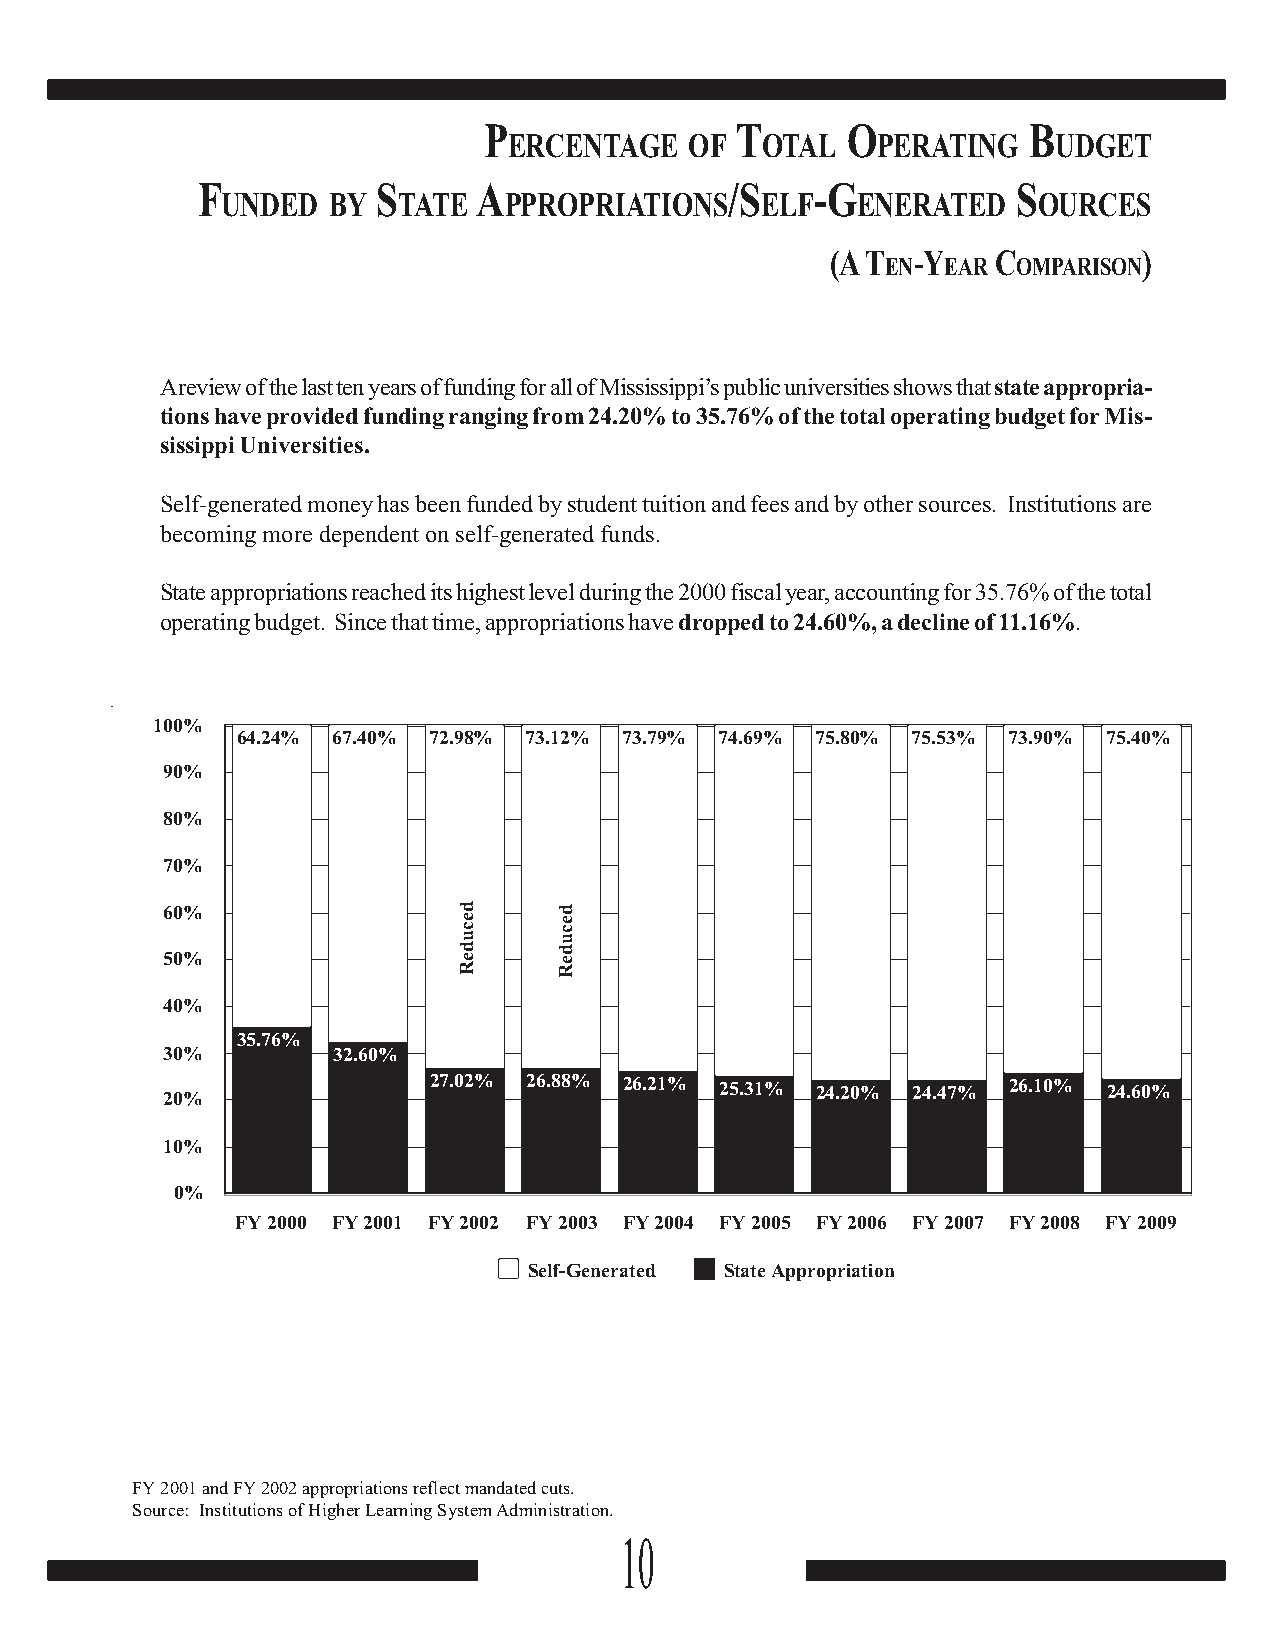
P                T      O           B
 ERCENTAGE   OF  OTAL    PERATING    UDGET
 F           S      A               /S    -G           S
 UNDED  BY  TATE   PPROPRIATIONS    ELF    ENERATED    OURCES
 (A T -Y    C         )
 EN  EAR OMPARISON
 A review of the last ten years of funding for all of Mississippi’s public universities shows that state appropria-
 tions have provided funding ranging from 24.20% to 35.76% of the total operating budget for Mis-
 sissippi Universities.
 Self-generated money has been funded by student tuition and fees and by other sources. Institutions are
 becoming more dependent on self-generated funds.
 State appropriations reached its highest level during the 2000 fiscal year, accounting for 35.76% of the total
 operating budget. Since that time, appropriations have dropped to 24.60%, a decline of 11.16%.
 100%
 64.24% 67.40% 72.98% 73.12% 73.79% 74.69% 75.80% 75.53% 73.90% 75.40%
 90%
 80%
 70%
 60%
 50%
 40%
 35.76%
 30%        32.60%
 20%              27.02% 26.88% 26.21% 25.31% 24.20% 24.47% 26.10% 24.60%
 10%
 0%
 FY 2000 FY 2001 FY 2002 FY 2003 FY 2004 FY 2005 FY 2006 FY 2007 FY 2008 FY 2009
 Self-Generated State Appropriation
 FY 2001 and FY 2002 appropriations reflect mandated cuts.
 Source: Institutions of Higher Learning System Administration.
 10
 decudeR decudeR